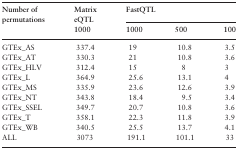
<table><thead><tr><td rowspan="2"><b>Number of permutations</b></td><td><b>Matrix eQTL</b></td><td colspan="3"><b>FastQTL</b></td></tr><tr><td><b>1000</b></td><td><b>1000</b></td><td><b>500</b></td><td><b>100</b></td></tr></thead><tbody><tr><td>GTEx_AS</td><td>337.4</td><td>19</td><td>10.8</td><td>3.5</td></tr><tr><td>GTEx_AT</td><td>330.3</td><td>21</td><td>10.8</td><td>3.6</td></tr><tr><td>GTEx_HLV</td><td>312.4</td><td>15</td><td>8</td><td>3</td></tr><tr><td>GTEx_L</td><td>364.9</td><td>25.6</td><td>13.1</td><td>4</td></tr><tr><td>GTEx_MS</td><td>335.9</td><td>23.6</td><td>12.6</td><td>3.9</td></tr><tr><td>GTEx_NT</td><td>343.8</td><td>18.4</td><td>9.5</td><td>3.4</td></tr><tr><td>GTEx_SSEL</td><td>349.7</td><td>20.7</td><td>10.8</td><td>3.6</td></tr><tr><td>GTEx_T</td><td>358.1</td><td>22.3</td><td>11.8</td><td>3.9</td></tr><tr><td>GTEx_WB</td><td>340.5</td><td>25.5</td><td>13.7</td><td>4.1</td></tr><tr><td>ALL</td><td>3073</td><td>191.1</td><td>101.1</td><td>33</td></tr></tbody></table>